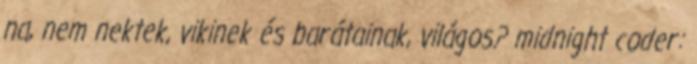
na, nem nektek, vikinek és barátainak, világos? midnight coder: